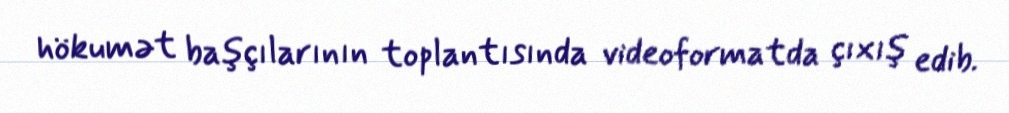
hökumət başçılarının toplantısında videoformatda çıxış edib.